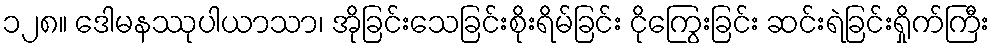
၁၂၈။ ဒေါမနဿုပါယာသာ၊ အိုခြင်းသေခြင်းစိုးရိမ်ခြင်း ငိုကြွေးခြင်း ဆင်းရဲခြင်းရှိုက်ကြီး